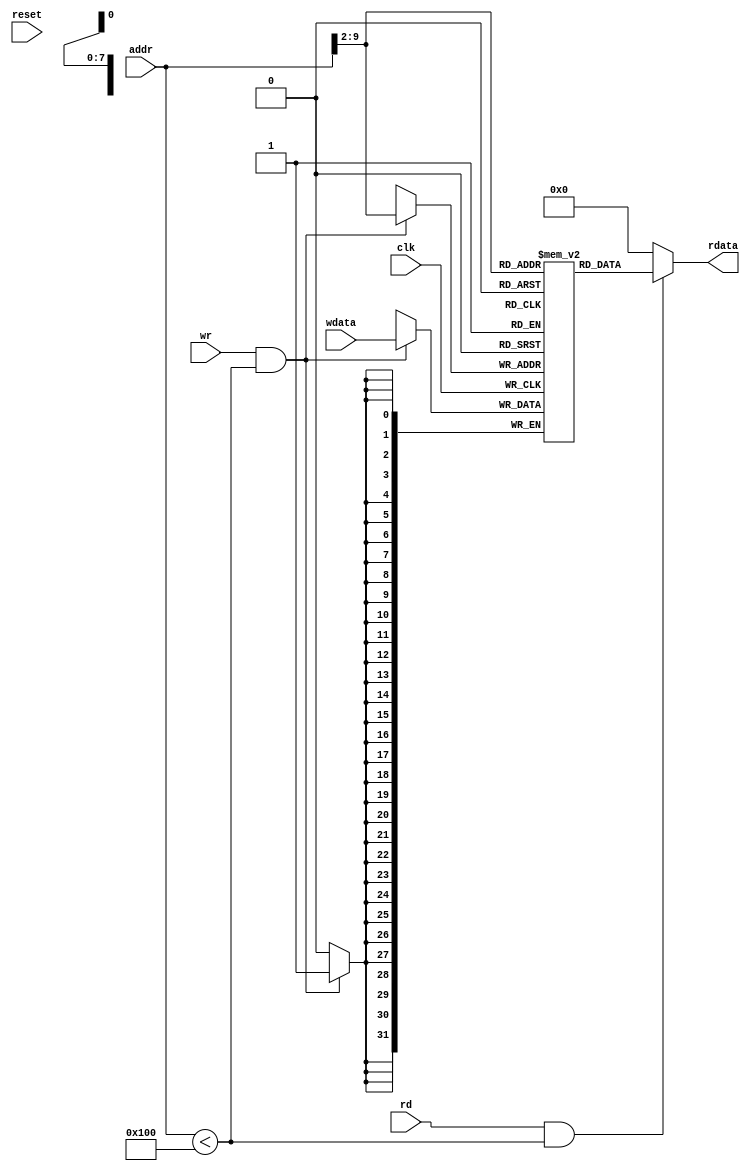
`timescale 1ns/1ns

module DataMem (reset,clk,rd,wr,addr,wdata,rdata);
input reset,clk;
input rd,wr;
input [31:0] addr;	//Address Must be Word Aligned
output [31:0] rdata;
input [31:0] wdata;

parameter RAM_SIZE = 256;
reg [31:0] RAMDATA [RAM_SIZE-1:0];

assign rdata=(rd && (addr < RAM_SIZE))?RAMDATA[addr[31:2]]:32'b0;

always@(posedge clk) begin
	if(wr && (addr < RAM_SIZE)) RAMDATA[addr[31:2]]<=wdata;
end

endmodule